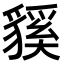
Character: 貕